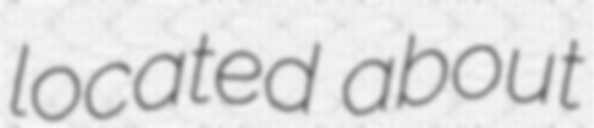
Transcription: located about